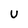
Character: U